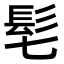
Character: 𩫷